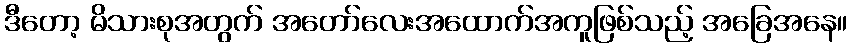
ဒီတော့ မိသားစုအတွက် အတော်လေးအထောက်အကူဖြစ်သည့် အခြေအနေ။